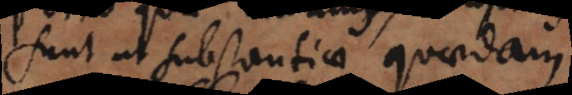
sunt ut substantiae quaedam.